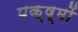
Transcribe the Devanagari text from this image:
पक्ष्मों